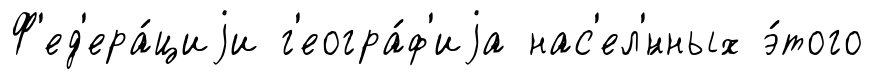
Ф'ед'ера́циjи г'еогра́ф'иjа нас'ел'́нных э́того